NAE_ERA_R-1765_ENSV_Kirjanike_Liit_1945-1955, lk 20
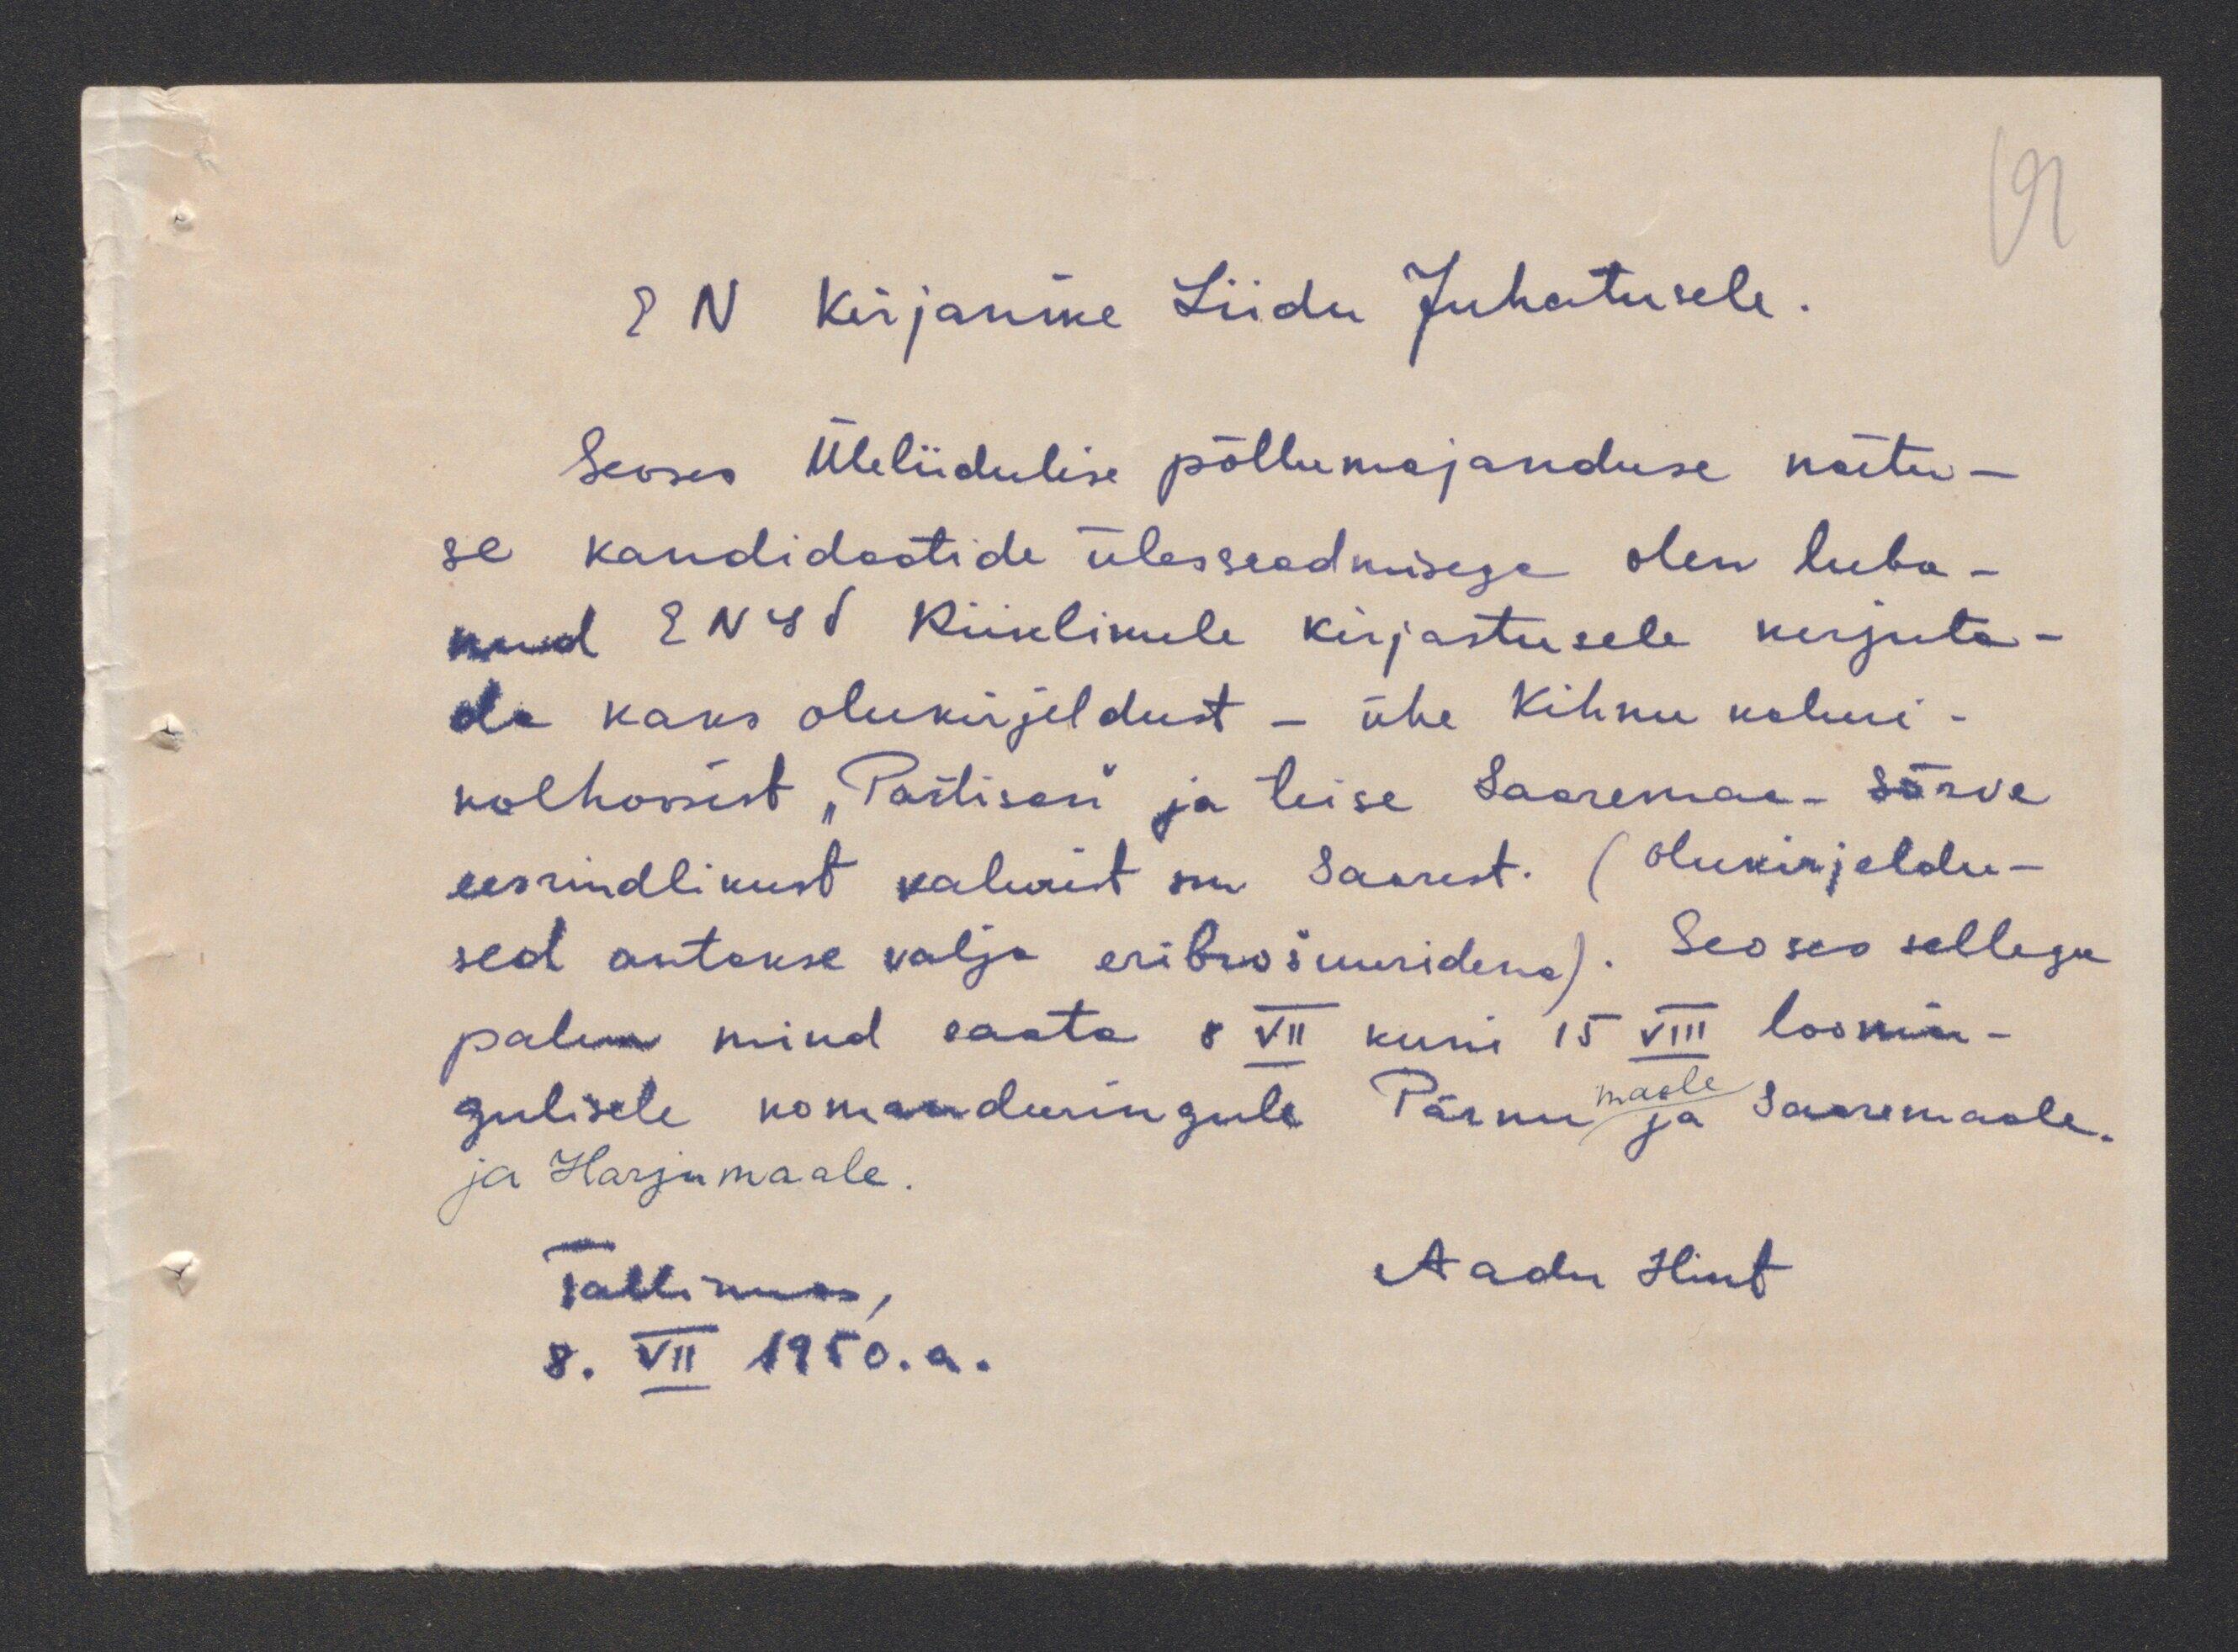
EN Kirjanike Liidu Juhatusele
Seoses Üleliidulise põllumajanduse näitu-
se kandidaatide ülesseadmisega olen luba-
nud ENSV Riiklikule kirjastusele kirjuta-
da kaks olukirjeldust - ühe Kihnu kaluri-
kolhoosist "Partisan" ja teise Saaremaa-Sõrve
eesrindlikust kalurist sm Saarest. (Olukirjeldu-
sed antakse välja eribrošuurides). Seoses sellega
palun mind saata 8 VII kuni 15 VIII loomin-
gulisele komandeeringule Pärnumaale ja Saaremaale.
ja Harjumaale.
Aadu Hint
Tallinnas,
8. VII 1950.a.